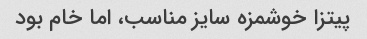
پیتزا خوشمزه سایز مناسب، اما خام بود